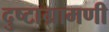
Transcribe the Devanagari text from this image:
दुष्टाग्रामणी